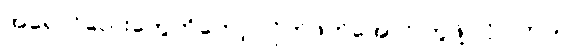
အရောင်လေးတွေကိုတော့ လိုက်ဖက်အောင် တွဲဖို့ လိုပါတယ်။